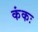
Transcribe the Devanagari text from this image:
कंकः